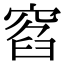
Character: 窞